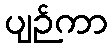
ပျဉ်ကာ